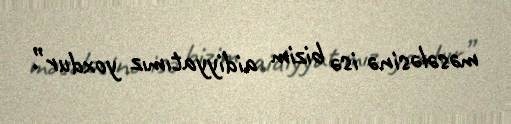
məsələsinə isə bizim aidiyyatımız yoxdur”.